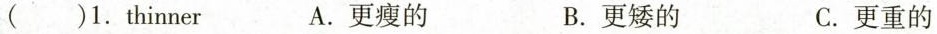
( )1. thinner A. 更瘦的 B. 更矮的 C. 更重的